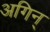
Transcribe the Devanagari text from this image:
अगिन्